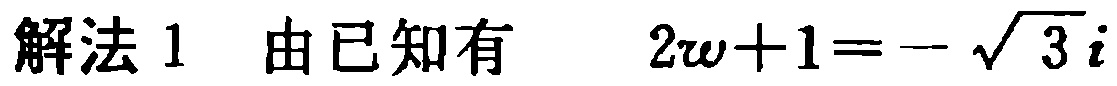
解法1 由已知有 \(2w + 1 = -\sqrt{3}i\)